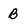
Character: B